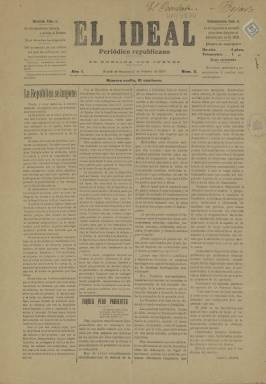
Título: El Ideal (Alcalá de Henares)
Colección: Periódicos
Ámbito geográfico: Madrid
Lugar de publicación: Alcalá de Henares [Madrid]
Fechas: 21/02/1907-28/03/1907